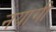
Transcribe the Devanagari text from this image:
नयागी